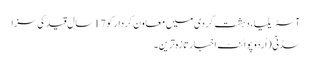
آسٹریلیا، دہشت گردی میں معاون کردار کو 17سال قید کی سزا
سڈنی(اُردو پوائنٹ اخبارتازہ ترین۔